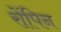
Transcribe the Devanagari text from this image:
रोंपिन